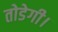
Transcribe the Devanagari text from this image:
तोडेगी।